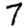
Digit: 7